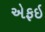
એફઇ